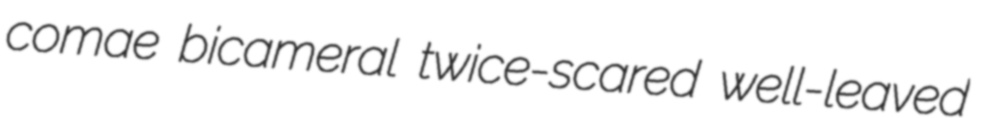
comae bicameral twice-scared well-leaved